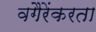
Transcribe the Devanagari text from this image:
वगैरेंकरता